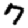
Digit: 7